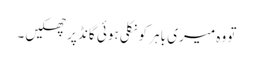
تو وہ میری باہر کو نکلی ہوئی گانڈ پر جھکیں۔